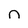
Character: n